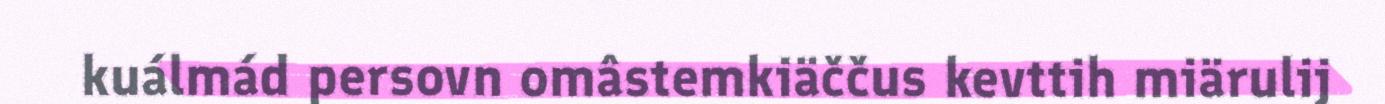
kuálmád persovn omâstemkiäččus kevttih miärulij